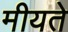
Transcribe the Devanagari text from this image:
मीयते